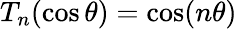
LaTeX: T_{n}(\cos\theta)=\cos(n\theta)